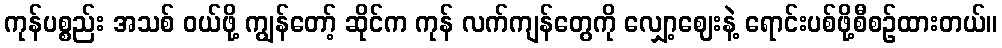
ကုန်ပစ္စည်း အသစ် ဝယ်ဖို့ ကျွန်တော့် ဆိုင်က ကုန် လက်ကျန်တွေကို လျှော့ဈေးနဲ့ ရောင်းပစ်ဖို့စီစဉ်ထားတယ်။